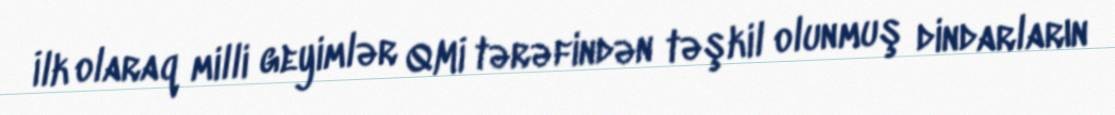
İlk olaraq milli geyimlər QMİ tərəfindən təşkil olunmuş dindarların